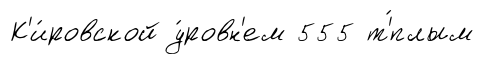
К'и́ровской у́ровн'ем 555 т'́плым